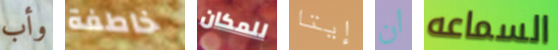
وأب خاطفة للمكان إيتا ان السماعه